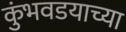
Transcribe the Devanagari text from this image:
कुंभवडयाच्या